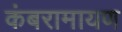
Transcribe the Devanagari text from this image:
कंबरामायण